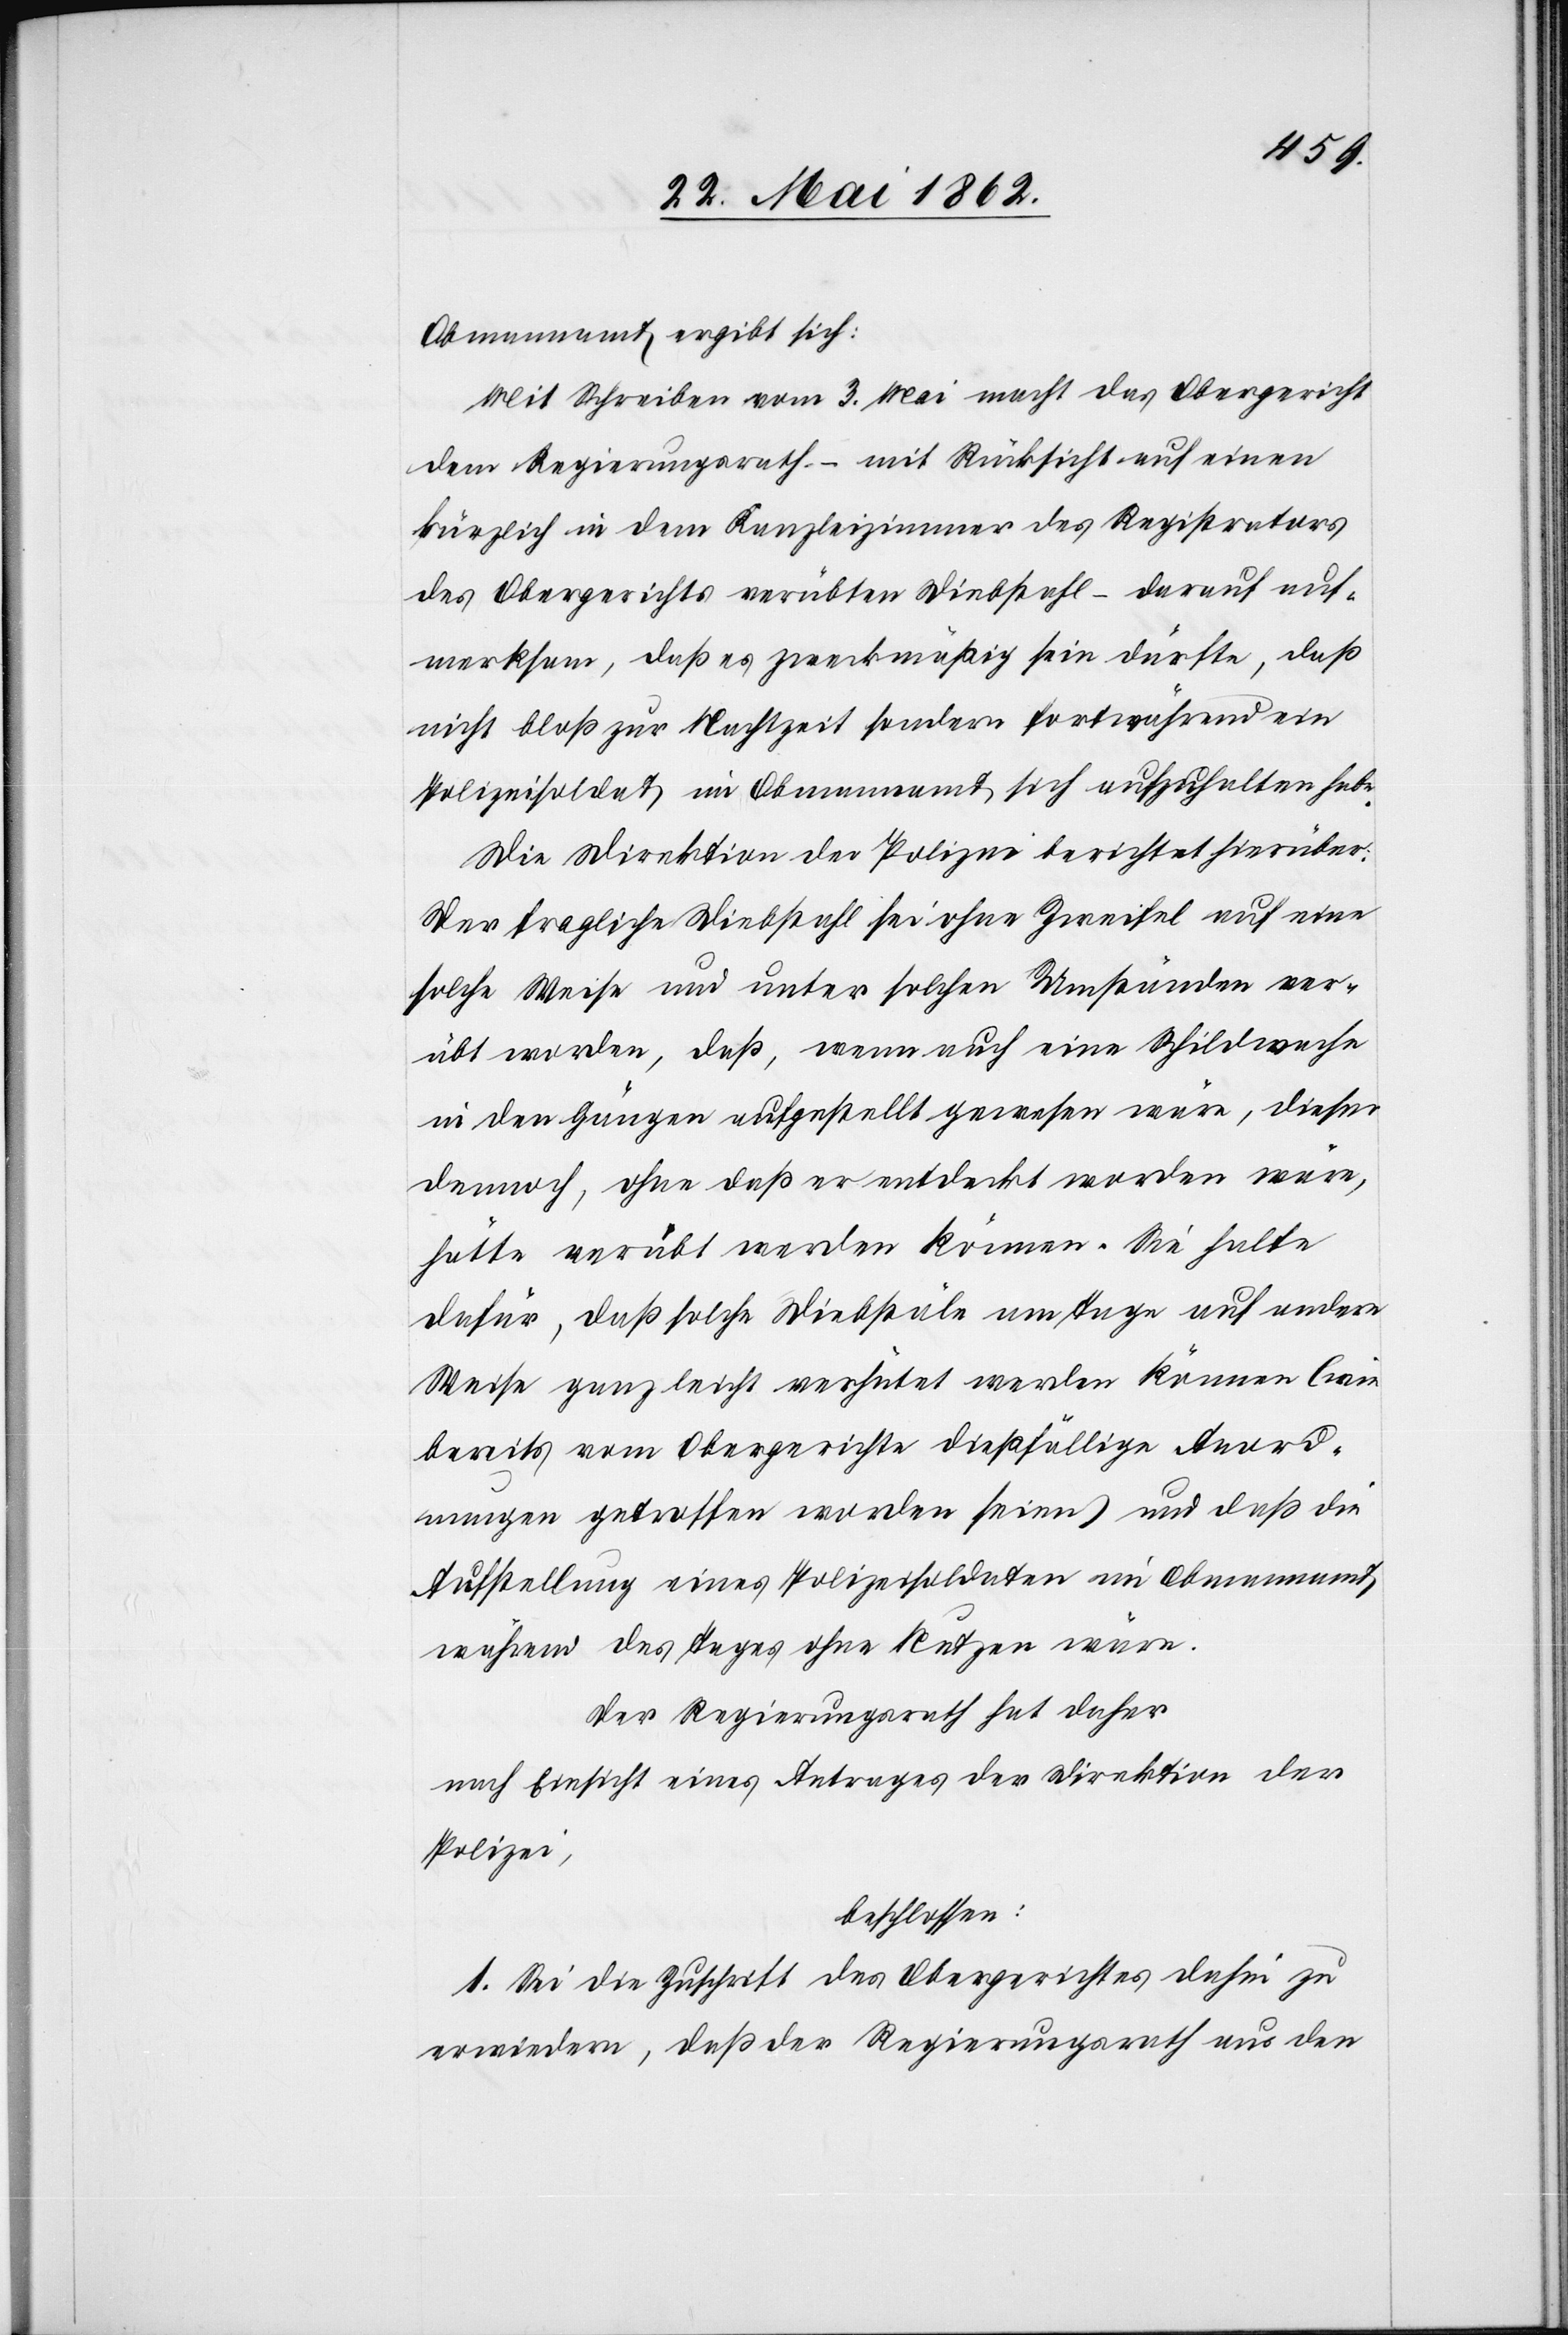
Obmannamt ergibt sich:
Mit Schreiben vom 3. Mai macht das Obergericht
dem Regierungsrath – mit Rücksicht auf einen
kürzlich in dem Kanzleizimmer des Registrators
des Obergerichtes verübten Diebstahl – darauf auf¬
merksam, daß es zweckmäßig sein dürfte, daß
nicht bloß zur Nachtzeit sondern fortwährend ein
Polizeisoldat im Obmannamt sich aufzuhalten habe.
Die Direktion der Polizei berichtet hierüber:
Der fragliche Diebstahl sei ohne Zweifel auf eine
solche Weise und unter solchen Umständen ver¬
übt worden, daß, wenn auch eine Schildwache
in den Gängen aufgestellt gewesen wäre, dieser
dennoch, ohne daß er entdeckt worden wäre,
hätte verübt werden können. Sie halte
dafür, daß solche Diebstäle am Tage auf andere
Weise ganz leicht verhütet werden können (wie
bereits vom Obergerichte dießfällige Anord¬
nungen getroffen worden seien) und daß die
Aufstellung eines Polizeisoldaten im Obmannamt
während des Tages ohne Nutzen wäre.
Der Regierungsrath hat daher
nach Einsicht eines Antrages der Direktion der
Polizei,
beschlossen:
1. Sei die Zuschrift des Obergerichtes dahin zu
erwiedern, daß der Regierungsrath aus den